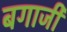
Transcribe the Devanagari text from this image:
बगाजी